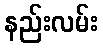
နည်းလမ်း